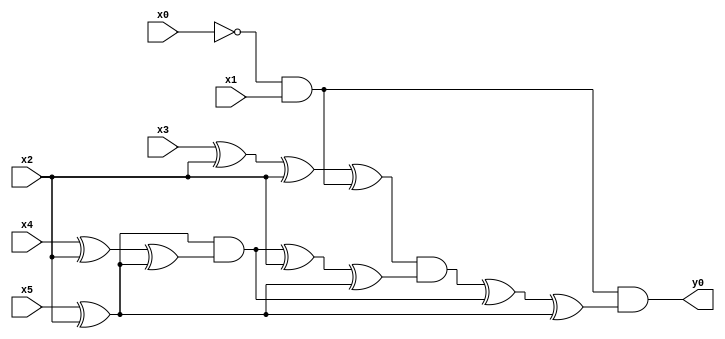
module top( x0 , x1 , x2 , x3 , x4 , x5 , y0 );
  input x0 , x1 , x2 , x3 , x4 , x5 ;
  output y0 ;
  wire n7 , n8 , n9 , n10 , n11 , n12 , n13 , n14 , n15 , n16 , n17 , n18 , n19 , n20 ;
  assign n7 = ~x0 & x1 ;
  assign n8 = x3 ^ x2 ;
  assign n9 = n8 ^ x2 ;
  assign n10 = n9 ^ n7 ;
  assign n11 = x5 ^ x2 ;
  assign n12 = x4 ^ x2 ;
  assign n13 = n12 ^ n11 ;
  assign n14 = n11 & n13 ;
  assign n15 = n14 ^ x2 ;
  assign n16 = n15 ^ n11 ;
  assign n17 = n10 & n16 ;
  assign n18 = n17 ^ n14 ;
  assign n19 = n18 ^ n11 ;
  assign n20 = n7 & n19 ;
  assign y0 = n20 ;
endmodule